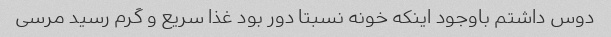
دوس داشتم باوجود اینکه خونه نسبتا دور بود غذا سریع و گرم رسید مرسی